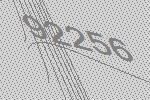
92256